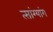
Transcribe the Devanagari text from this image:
त्सांग्यांग